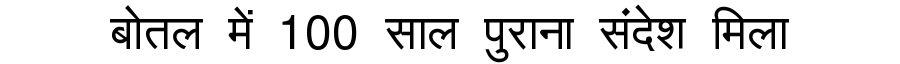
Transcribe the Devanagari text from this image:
बोतल में 100 साल पुराना संदेश मिला